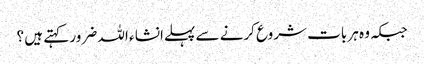
جبکہ وہ ہر بات شروع کرنے سے پہلےانشا ء اللہ ضرور کہتے ہیں ؟